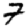
Digit: 7